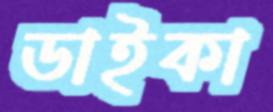
ডাইকা